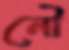
নৌ